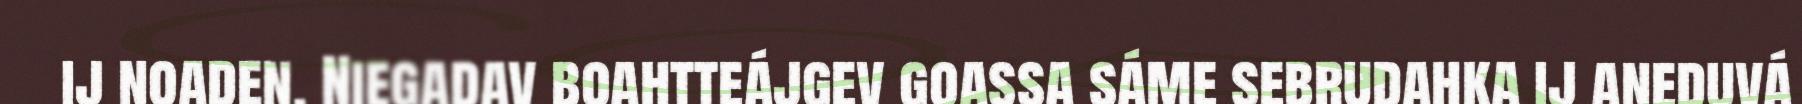
ij noaden. Niegadav boahtteájgev goassa sáme sebrudahka ij aneduvá